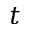
t